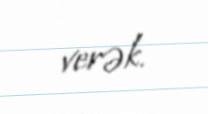
verək.